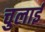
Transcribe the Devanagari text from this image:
चुलाई